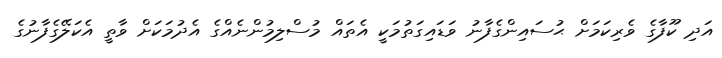
އަދި ކޫފާގެ ވެރިކަމަށް ޙުސައިންގެފާނު ވަޑައިގަތުމަކީ އެތައް މުސްލިމުންނެއްގެ އެދުމަކަށް ވާތީ އެކަލޭގެފާނުގެ